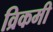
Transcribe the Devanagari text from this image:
व्रिकमी